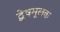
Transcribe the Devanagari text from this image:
द्वेषमूलक